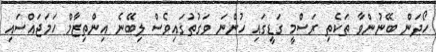
ހޯދަން ބޭނުންވާ ތަކެތި ރަސްމީ ގަޑީގައި ހުންނަ ވަގުތުގައިވެސް ލިބޭނެ އިންތިޒާމް ހަމަޖައްސައި